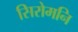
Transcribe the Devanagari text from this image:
सिरोमनि